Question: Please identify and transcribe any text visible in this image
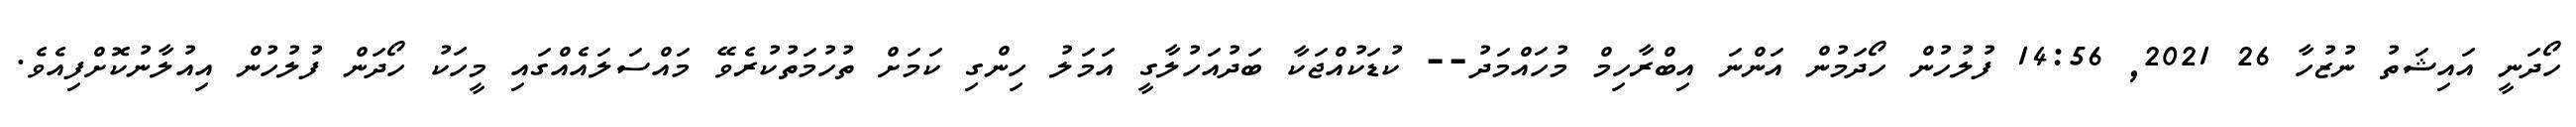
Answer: ހޯދަނީ އައިޝަތު ނުޒުހާ 26 2021, 14:56 ފުލުހުން ހޯދަމުން އަންނަ އިބްރާހިމް މުހައްމަދު-- ކުޑަކުއްޖަކާ ބަދުއަހުލާގީ އަމަލު ހިންގި ކަމަށް ތުހުމަތުކުރެވޭ މައްސަލައެއްގައި މީހަކު ހޯދަން ފުލުހުން އިއުލާނުކޮށްފިއެވެ.